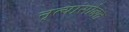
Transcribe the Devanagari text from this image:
नृत्यांसोबत